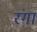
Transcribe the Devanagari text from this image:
रंगां